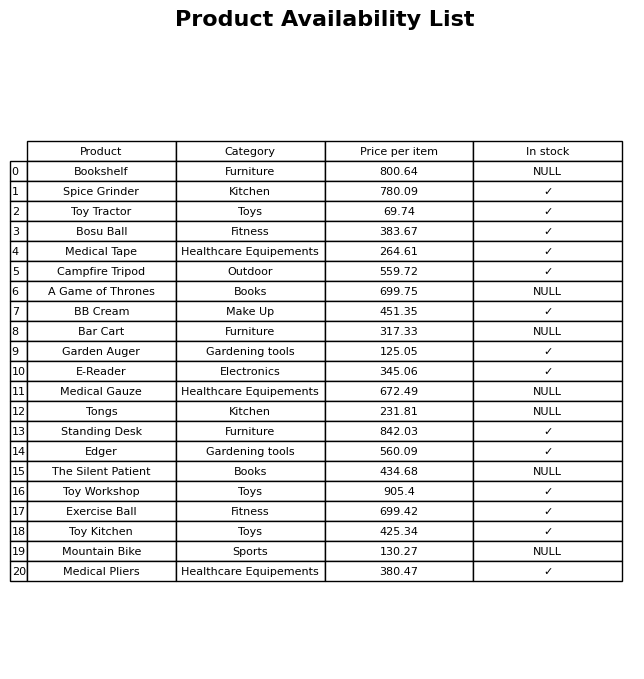
question: What is the price for Spice Grinder?
answer: The price of Spice Grinder is 780.09.